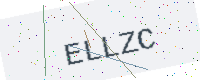
Text: ELLZC